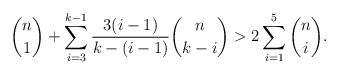
LaTeX: \begin{align*}\binom{n}{1}+\sum_{i=3}^{k-1}\frac{3 {\left(i-1\right)}}{k-{\left(i-1\right)}}\binom{n}{k-i}>2\sum_{i=1}^{5}\binom{n}{i}.\end{align*}